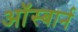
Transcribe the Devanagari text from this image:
ऑस्बार्न